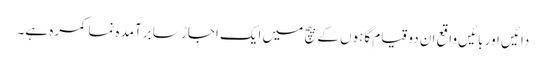
دائیں اور بائیں واقع ان دو قیام گاہوں کے بیچ میں ایک اجاڑ سا برآمدہ نما کمرہ ہے۔